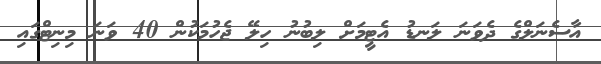
އާސެނަލްގެ ދެވަނަ ލަނޑު އެޓީމަށް ލިބުނު ހިލޭ ޖެހުމަކުން 40 ވަނަ މިނިޓްގައި